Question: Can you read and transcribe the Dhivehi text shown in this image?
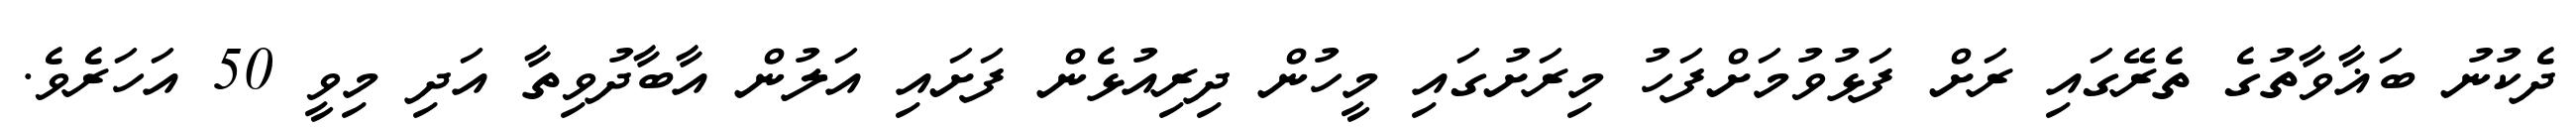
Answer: ދެކުނު ބަޣާވާތުގެ ތެރޭގައި ރަށް ފަޅުވުމަށްފަހު މިރަށުގައި މީހުން ދިރިއުޅެން ފަށައި އަލުން އާބާދުވިތާ އަދި މިވީ 50 އަހަރެވެ.